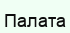
Палата